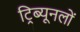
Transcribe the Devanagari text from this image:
ट्रिब्यूनलों